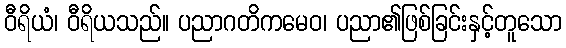
ဝီရိယံ၊ ဝီရိယသည်။ ပညာဂတိကမေဝ၊ ပညာ၏ဖြစ်ခြင်းနှင့်တူသော